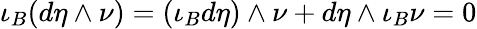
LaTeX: \iota_{B}(d\eta\wedge\nu)=(\iota_{B}d\eta)\wedge\nu+d\eta\wedge\iota_{B}\nu=0